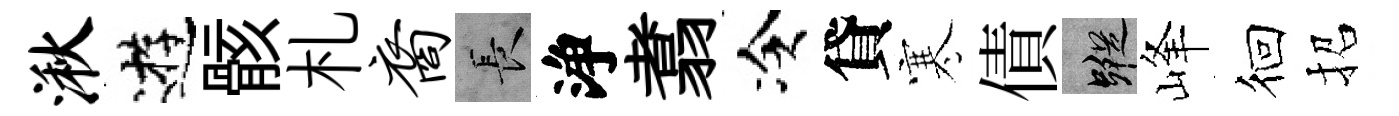
湫逰骸札裔长浄翥冷貸寒債蹤峰徊招